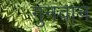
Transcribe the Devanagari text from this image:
गुनवान